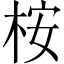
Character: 桉